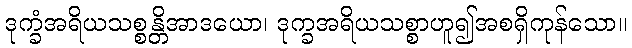
ဒုက္ခံအရိယသစ္စန္တိအာဒယော၊ ဒုက္ခအရိယသစ္စာဟူ၍အစရှိကုန်သော။